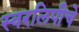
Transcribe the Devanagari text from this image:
स्वरलिपीचे